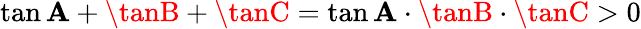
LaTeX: \tan\mathbf{A}+\tanB+\tanC=\tan\mathbf{A}\cdot\tanB\cdot\tanC>0